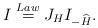
LaTeX: \begin{align*}I\stackrel{Law}{=}J_{H} I_{-\widehat{H}}.\end{align*}